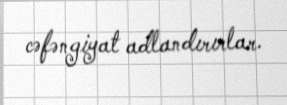
cəfəngiyat adlandırırlar.